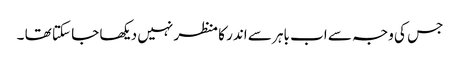
جس کی وجہ سے اب باہر سے اندر کا منظر نہیں دیکھا جا سکتا تھا ۔